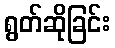
ရွတ်ဆိုခြင်း